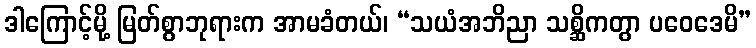
ဒါကြောင့်မို့ မြတ်စွာဘုရားက အာမခံတယ်၊ “သယံအဘိညာ သစ္ဆိကတွာ ပဝေဒေမိ”